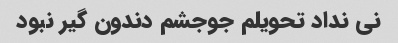
نی نداد تحویلم جوجشم دندون گیر نبود